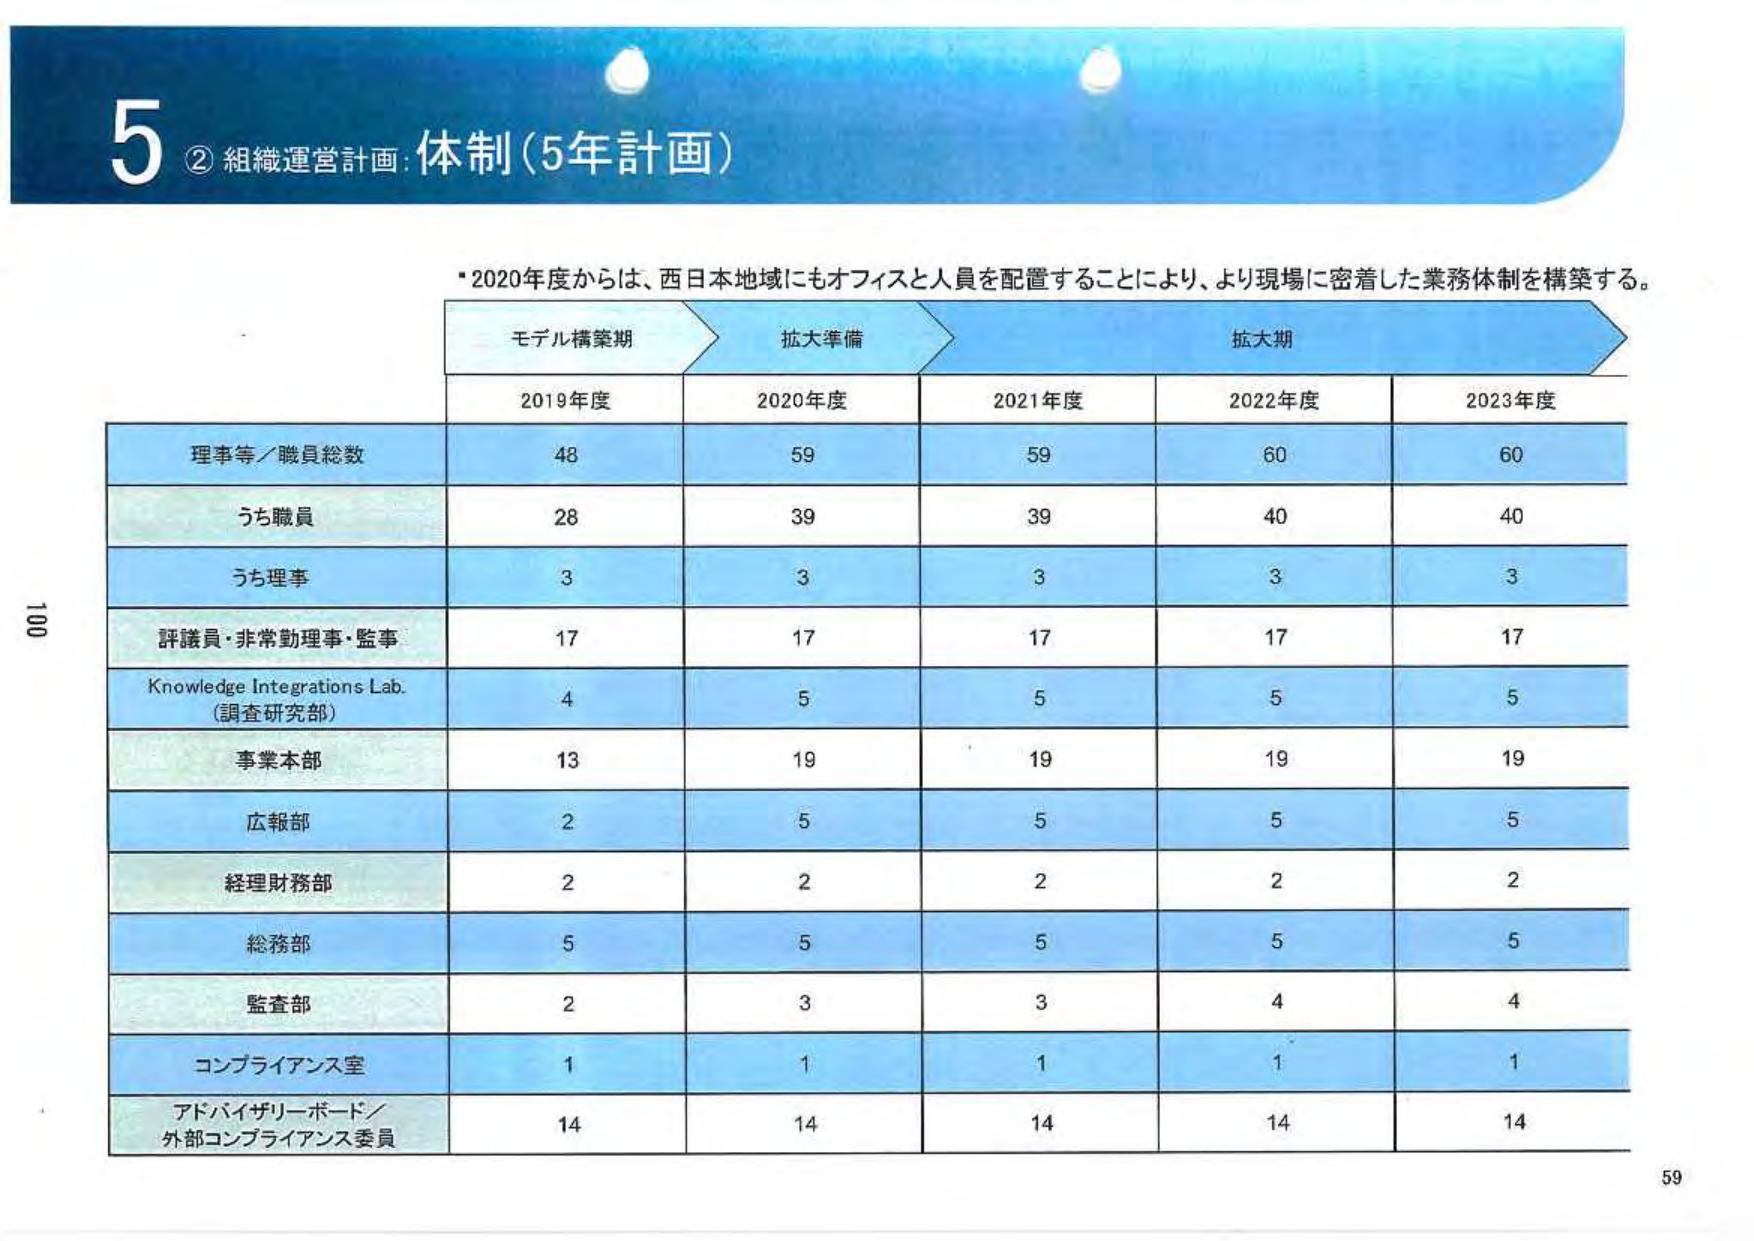
5 ② 組織運営計画：体制（5年計画）

・2020年度からは、西日本地域にもオフィスと人員を配置することにより、より現場に密着した業務体制を構築する。

モデル構築期　拡大準備　拡大期
2019年度　2020年度　2021年度　2022年度　2023年度

理事等／職員総数　48　59　59　60　60
うち職員　28　39　39　40　40
うち理事　3　3　3　3　3
評議員・非常勤理事・監事　17　17　17　17　17
Knowledge Integrations Lab.（調査研究部）　4　5　5　5　5
事業本部　13　19　19　19　19
広報部　2　5　5　5　5
経理財務部　2　2　2　2　2
総務部　5　5　5　5　5
監査部　2　3　3　4　4
コンプライアンス室　1　1　1　1　1
アドバイザリーボード／外部コンプライアンス委員　14　14　14　14　14

100
59